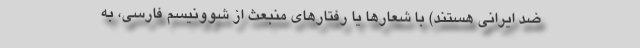
ضد ایرانی هستند) با شعارها یا رفتارهای منبعث از شوونیسم فارسی، به